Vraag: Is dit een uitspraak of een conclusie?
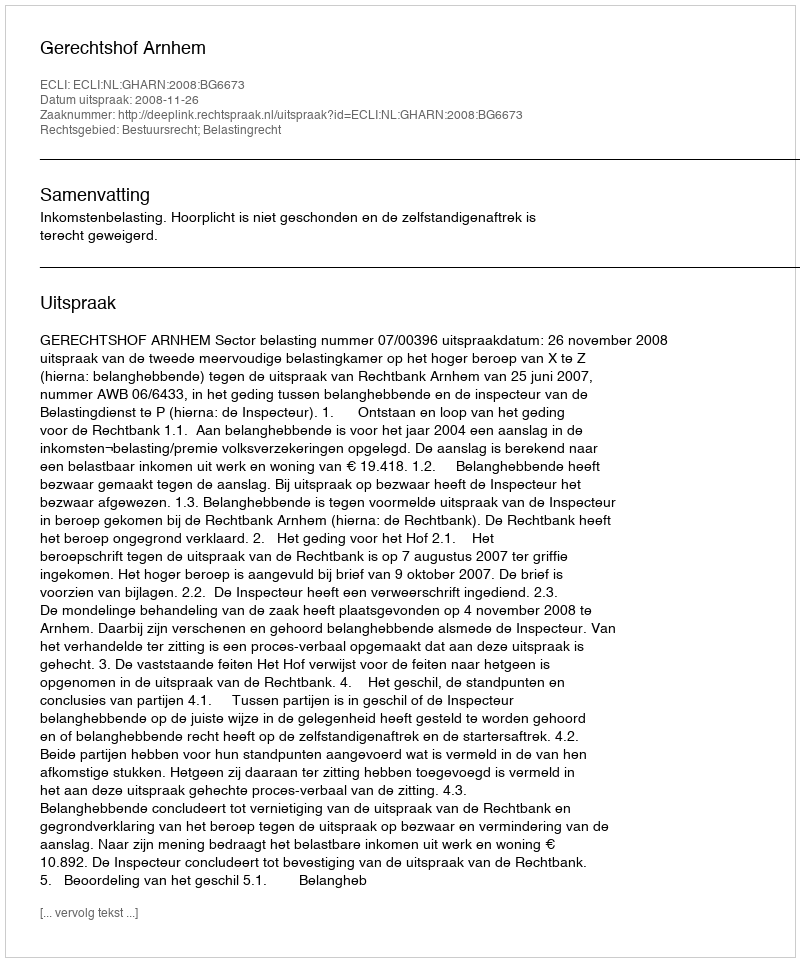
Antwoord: Uitspraak